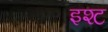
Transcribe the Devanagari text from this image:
इश्ट